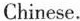
Chinese.